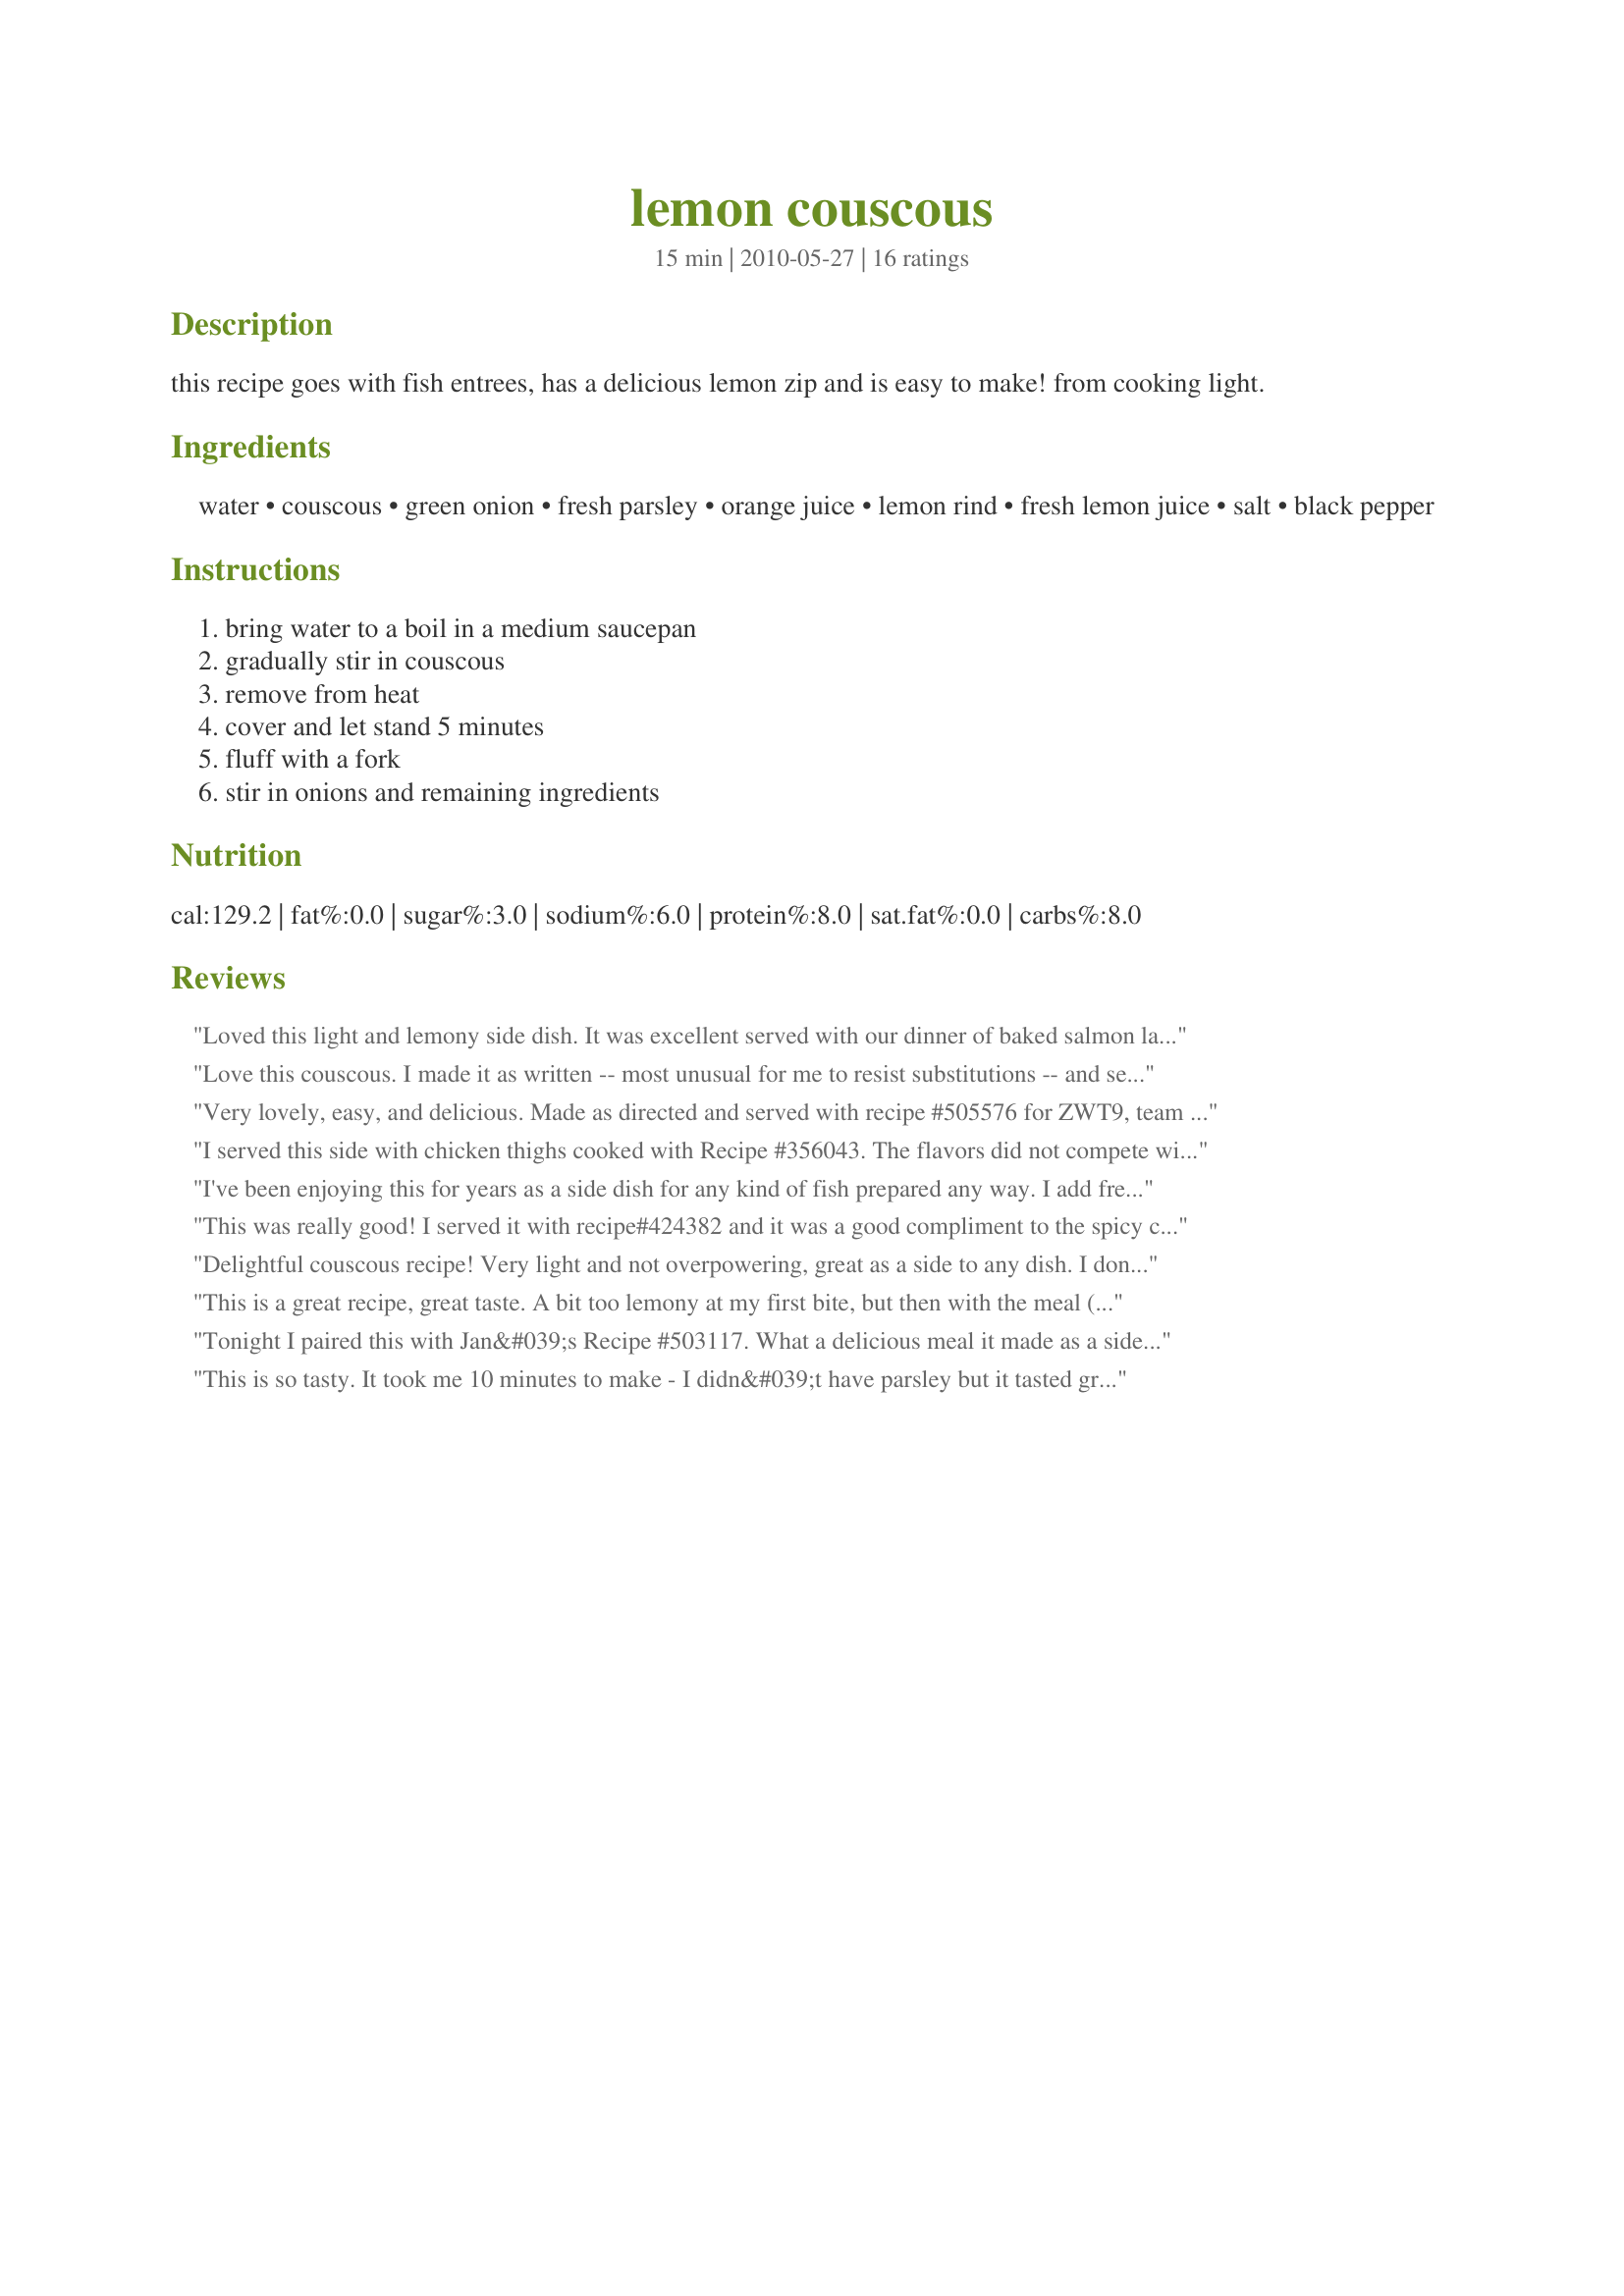
lemon couscous
Preparation time: 15 minutes

this recipe goes with fish entrees, has a delicious lemon zip and is easy to make! from cooking light.

Ingredients:
water, couscous, green onion, fresh parsley, orange juice, lemon rind, fresh lemon juice, salt, black pepper

Steps:
bring water to a boil in a medium saucepan, gradually stir in couscous, remove from heat, cover and let stand 5 minutes, fluff with a fork, stir in onions and remaining ingredients

Reviews:
Loved this light and lemony side dish. It was excellent served with our dinner of baked salmon last evening. My only change was to use garden chives in place of scallions. I would definitely serve this again. Maybe with baked fish in a lemon butter sauce or creamy dill sauce next time. Thanks so much, CaliforniaJan! [Made for The I Recommend Tag]
Love this couscous. I made it as written -- most unusual for me to resist substitutions -- and served with Recipe #428064 and Recipe #428004. Thanks for posting.
Very lovely, easy, and delicious. Made as directed and served with recipe #505576 for ZWT9, team Gourmet Goddesses. Thanks, CaliforniaJan!
I served this side with chicken thighs cooked with Recipe #356043. The flavors did not compete with each other and the citrus was a welcomed palate tamer between bites of the spiced chicken. Thanks for posting! We love couscous! Made for ZWT9.
I've been enjoying this for years as a side dish for any kind of fish prepared any way. I add freshly toasted pine nuts or sliced almonds. The parsley isn't absolutely necessary but does boost the flavor if you have it.
This was really good! I served it with recipe#424382 and it was a good compliment to the spicy chicken. I love the citrus flavors and I know it will go great with fish too! Made for ZWT9 Family Pick
Delightful couscous recipe! Very light and not overpowering, great as a side to any dish. I don't care for onions so left them out. Thanks for sharing the recipe!
This is a great recipe, great taste. A bit too lemony at my first bite, but then with the meal (salmon and recipe#427053) it was perfect. I didn't use parsley. Thanks CaliforniaJan :) Made for the Zwizzle Chicks of ZWT
Tonight I paired this with Jan&#039;s Recipe #503117. What a delicious meal it made as a side to the tagine made in my tagine (worked out well that, lol). The light citrus is most enjoyable. I made it with whole wheat couscous. Thanks Jan
This is so tasty. It took me 10 minutes to make - I didn&#039;t have parsley but it tasted great all the same. Totally recommend!
I've never made couscous before so was happy to find this recipe. It was easy with clear directions and loved the lemon zip with it. I also used dried onions as that's what I had and except for that followed the directions exactly. Now that I know I can make this I'll make it more often - think it'd go well with just about anything.
Made for ZWT6
This was very good. I made it to go along with some lemon chicken. Besides adding a bit of orange zest I didn't change anything else in the recipe. I would definately make this one again. Thanks for posting the recipe.
Like all couscous recipes quick and simple to make but we really loved the tang of the citrus flavours which went well with the salmon dish of recipe #350221 350221. Thank you CaliforniaJan and Boomette for recommendin g, made for I Recommend tag game.
Nice, simple recipe for couscous. Liked the light, acidic taste. Made it with Creamy Baked Salmon as recommended by I'mPat, but did not think the flavors went well together (although both were wonderful as separate dishes). Will try a "cleaner" fish next time: broiled or grilled.
I love lemons and couscous---together or separately! heh heh Made for ZWT #6 Family Picks.
A very nice way of sprucing up couscous. I particularly liked that the juices added moisture to the grains without having to add butter or oil to the dish. I didn't have any green onions, so I used dried onion flakes instead. They plumped back up by the time came to serve the couscous and worked well to bring flavour. I served this with some lightly battered cod fillets and some spring greens. Made for Zee Zany Zesty Cookz for ZWT6.
